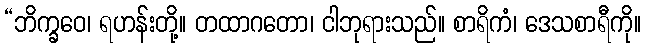
“ဘိက္ခဝေ၊ ရဟန်းတို့။ တထာဂတော၊ ငါဘုရားသည်။ စာရိကံ၊ ဒေသစာရီကို။